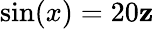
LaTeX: \sin(x)=20\mathbf{z}